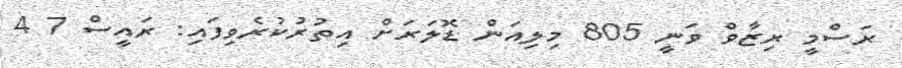
ރަސްމީ ރިޒާވް ވަނީ 805 މިލިއަން ޑޮލަރަށް އިތުރުކުރެވިފައި: ރައީސް 7 4